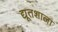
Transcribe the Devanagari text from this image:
द्यूतशाला